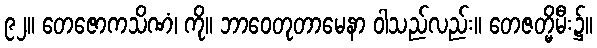
၉၂။ တေဇောကသိဏံ၊ ကို။ ဘာဝေတုတာမေနာ ဝါသည်လည်း။ တေဇတ္မိမီး၌။